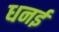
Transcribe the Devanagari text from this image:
धनई